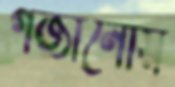
গজানোয়